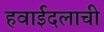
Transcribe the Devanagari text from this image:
हवाईदलाची